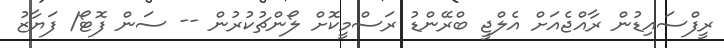
ރީފްސައިޑުން ރާއްޖެއަށް އެލްޖީ ބްރޭންޑު ރަސްމީކޮށް ލޯންޗުކުރުން -- ސަން ފޮޓޯ/ ފަޔާޒު